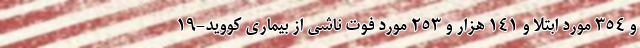
و ۳۵۴ مورد ابتلا و ۱۴۱ هزار و ۲۵۳ مورد فوت ناشی از بیماری کووید-۱۹